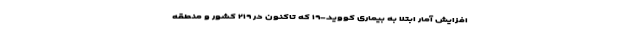
افزایش آمار ابتلا به بیماری کووید-۱۹ که تاکنون در ۲۱۹ کشور و منطقه